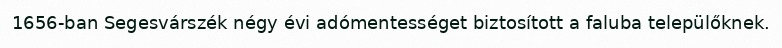
1656-ban Segesvárszék négy évi adómentességet biztosított a faluba települőknek.